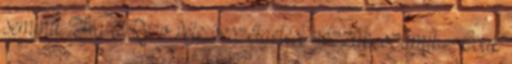
semmit. Ha a Reev féle beszélgetést nézzük, számít. Csak